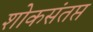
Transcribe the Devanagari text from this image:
शोकसंतप्त